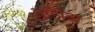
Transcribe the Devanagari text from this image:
रोझिक